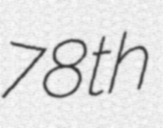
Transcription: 78th